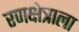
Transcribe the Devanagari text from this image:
रणक्षेत्राला